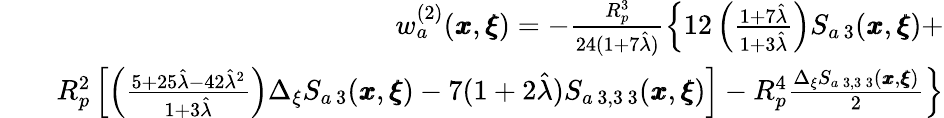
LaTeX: \begin{array}{rlr}&{}&{w_{a}^{(2)}({\pmb x},{\pmb\xi})=-\frac{R_{p}^{3}}{24(1+7\hat{\lambda})}\left\{ 12\left(\frac{1+7\hat{\lambda}}{1+3\hat{\lambda}}\right)S_{a\, 3}({\pmb x},{\pmb\xi})+\right.}\\ &{}&{\left.{R_{p}^{2}}\left[\left(\frac{5+25\hat{\lambda}-42\hat{\lambda}^{2}}{1+3\hat{\lambda}}\right)\Delta_{\xi}S_{a\, 3}({\pmb x},{\pmb\xi})-7(1+2\hat{\lambda})S_{a\, 3,3\, 3}({\pmb x},{\pmb\xi})\right]-R_{p}^{4}\frac{\Delta_{\xi}S_{a\, 3,3\, 3}({\pmb x},{\pmb\xi})}{2}\right\} }\end{array}